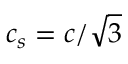
c _ { s } = c / \sqrt { 3 }